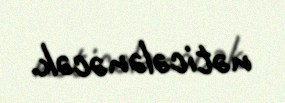
nəticələnəcək.